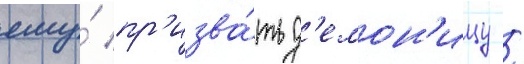
ему́ пр'изва́ть д'емон'ицу /